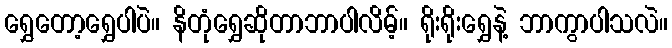
ရွှေတော့ရွှေပါပဲ။ နိတုံရွှေဆိုတာဘာပါလိမ့်။ ရိုးရိုးရွှေနဲ့ ဘာကွာပါသလဲ။